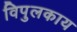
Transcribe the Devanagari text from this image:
विपुलकाय